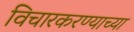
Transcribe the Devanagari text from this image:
विचारकरण्याच्या